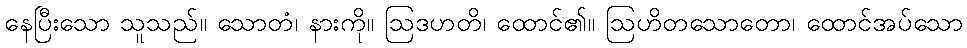
နေပြီးသော သူသည်။ သောတံ၊ နားကို။ ဩဒဟတိ၊ ထောင်၏။ ဩဟိတသောတော၊ ထောင်အပ်သော